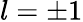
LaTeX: l=\pm 1